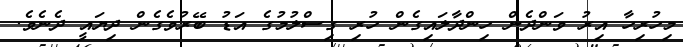
މިހުރިހާ އިރު ވަންދެން ހިންދާލައިގެން ހުރި ގިސްލުމުގެ އަޑު ބޭރުވެގެން ދިޔައީ ދެނެވެ.